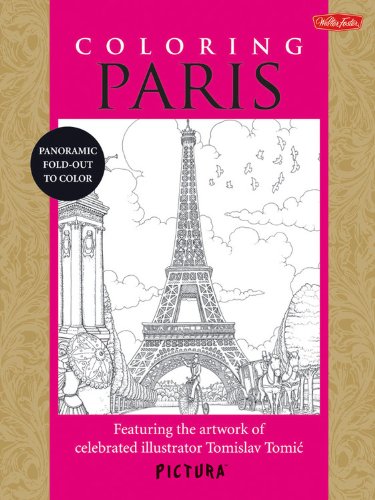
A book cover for Coloring Paris: Featuring the artwork of celebrated illustrator Tomislav Tomic (PicturaTM); Tomislav Tomic; Arts & Photography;